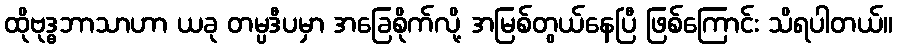
ထိုဗုဒ္ဓဘာသာဟာ ယခု တမ္ပဒီပမှာ အခြေစိုက်လို့ အမြစ်တွယ်နေပြီ ဖြစ်ကြောင်း သိရပါတယ်။